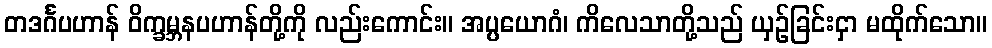
တဒင်္ဂပဟာန် ဝိက္ခမ္ဘနပဟာန်တို့ကို လည်းကောင်း။ အပ္ပယောဂံ၊ ကိလေသာတို့သည် ယှဉ်ခြင်းငှာ မထိုက်သော။